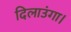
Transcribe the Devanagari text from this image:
दिलाउंगा।